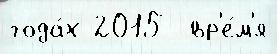
года́х 2015  вр'е́м'я